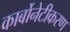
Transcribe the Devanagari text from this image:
कार्बोनेटीकरण